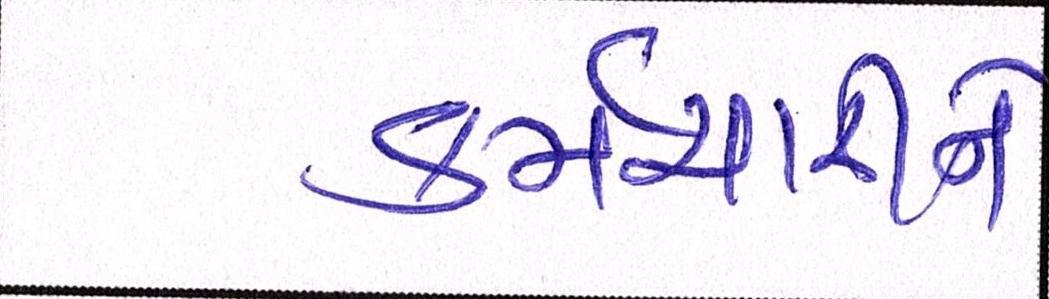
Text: કર્મચારીને